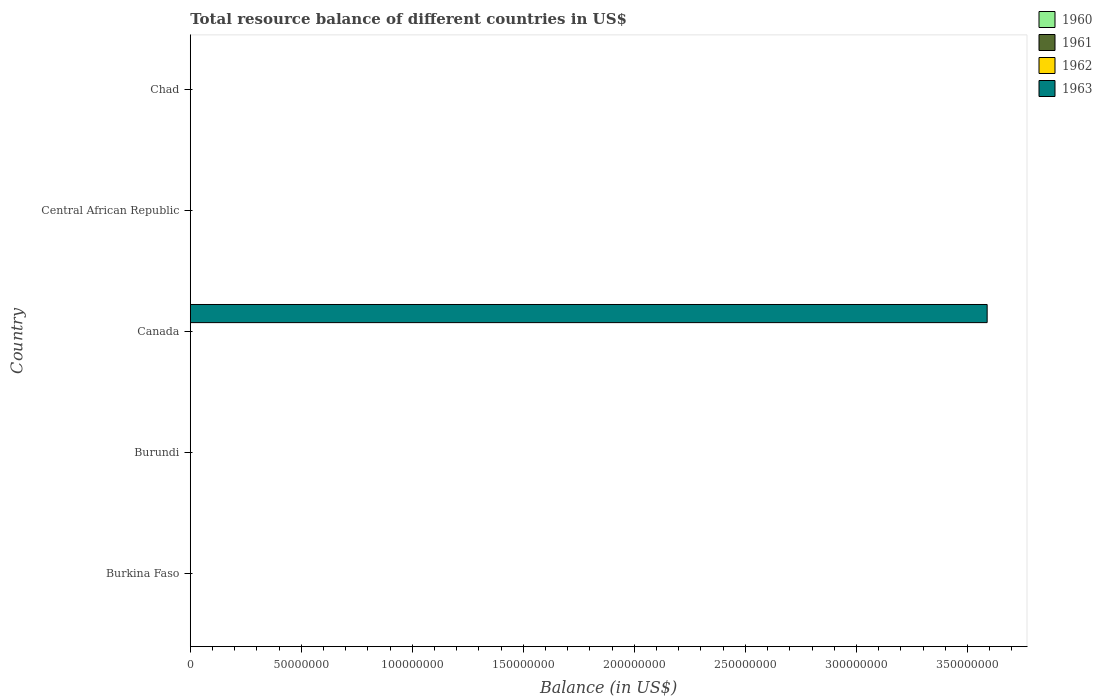
| Country | 1960 | 1961 | 1962 | 1963 |
 | --- | --- | --- | --- | --- |
 | Burkina Faso | -3.63e+07 | -3.63e+07 | -3.86e+07 | -3.98e+07 |
 | Burundi | -1.75e+06 | -3.5e+06 | -7e+06 | -1.58e+07 |
 | Canada | -4.81e+08 | -1.22e+08 | -4.34e+06 | 3.59e+08 |
 | Central African Republic | -1.22e+07 | -1.14e+07 | -1.63e+07 | -1.71e+07 |
 | Chad | -1.14e+07 | -1.55e+07 | -2e+07 | -2.33e+07 |